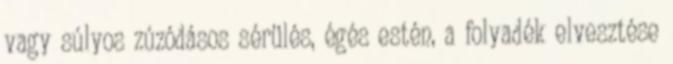
vagy súlyos zúzódásos sérülés, égés estén, a folyadék elvesztése